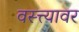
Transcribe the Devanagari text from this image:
वस्त्त्यावर